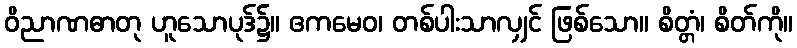
ဝိညာဏဓာတု ဟူသောပုဒ်၌။ ဧကမေဝ၊ တစ်ပါးသာလျှင် ဖြစ်သော။ စိတ္တံ၊ စိတ်ကို။